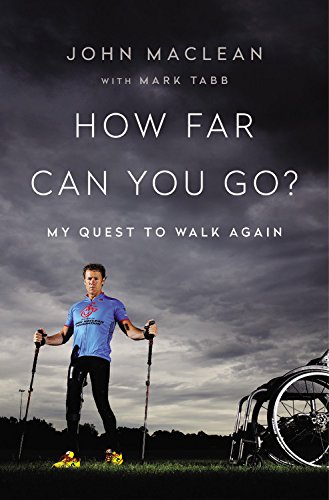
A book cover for How Far Can You Go?: My 25-Year Quest to Walk Again; John Maclean; Sports & Outdoors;